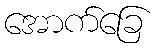
အောက်ခြေ